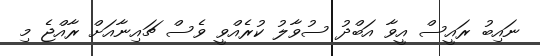
ނައިބު ރައީސް އީވާ އަބްދު ސުވާލު ކުރެއްވީ ވެސް ޗައިނާއަށް ރާއްޖެ މި